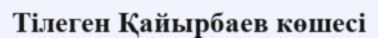
Тілеген Қайырбаев көшесі